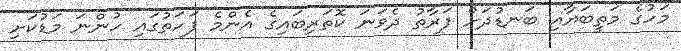
މަހުގެ މަތީބަޔާއި ބަނޑުދަށް ފަރާތު ދެވަނަ ކޮތަރިބައިގެ އެންމެ ފަހަތުގައި ހުންނަ މަޑުކަށި